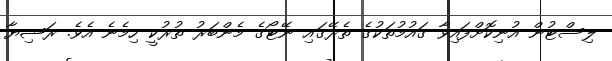
ލިސްޓުން އުނިކޮށްފައިވާ ގައުމުތަކުގެ ތެރޭގައި ނޭޓޯގެ މެންބަރު ތުރުކީ ހިމެނެ އެވެ. ރަޝިޔާ